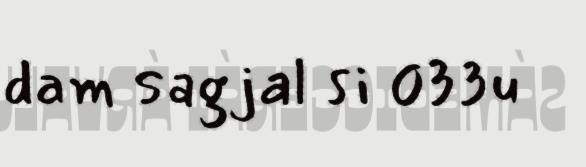
dam sagjal si 033u